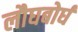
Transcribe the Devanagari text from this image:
लौघबोर्घ